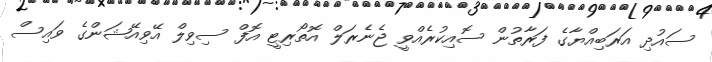
ސައުދި އަރަބިއްޔާގެ ފަރާތުން ސޮއިކުރެއްވީ ޖެނެރަލް އޮތޯރިޓީ އޮފް ސިވިލް އޭވިއޭޝަންގެ ވައިސް